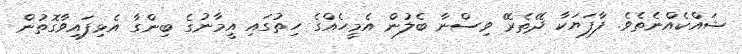
ޝައްކެއްނެތެވެ. ފާފަޔަކާ ދޭތެރޭ ވިސްނާ ބެލުން އެމީހެއްގެ ހިތުގައި އީމާނުގެ ބިންގާ އެޅިފައިވާގޮތުން